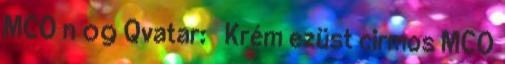
MCO n 09 Qvatar: ♂ Krém ezüst cirmos MCO